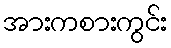
အားကစားကွင်း